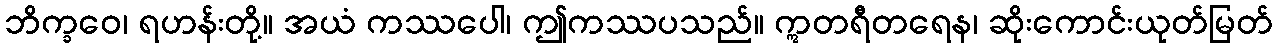
ဘိက္ခဝေ၊ ရဟန်းတို့။ အယံ ကဿပေါ၊ ဤကဿပသည်။ ဣတရီတရေန၊ ဆိုးကောင်းယုတ်မြတ်